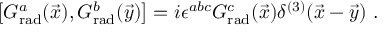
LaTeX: \left[ G _ { \mathrm { r a d } } ^ { a } ( \vec { x } ) , G _ { \mathrm { r a d } } ^ { b } ( \vec { y } ) \right] = i \epsilon ^ { a b c } G _ { \mathrm { r a d } } ^ { c } ( \vec { x } ) \delta ^ { ( 3 ) } ( \vec { x } - \vec { y } ) \ .